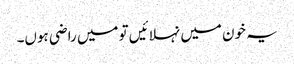
یہ خون میں نہلائیں تو میں راضی ہوں۔